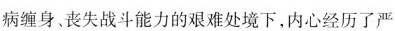
病缠身、丧失战斗能力的艰难处境下，内心经历了严